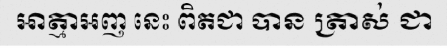
អាត្មាអញ នេះ ពិតជា បាន ត្រាស់ ជា